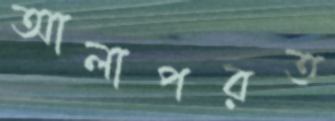
আলাপরত